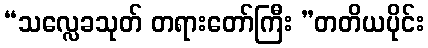
“သလ္လေခသုတ် တရားတော်ကြီး ”တတိယပိုင်း